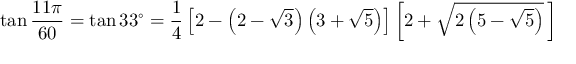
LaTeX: \tan { \frac { 1 1 \pi } { 6 0 } } = \tan 3 3 ^ { \circ } = { \frac { 1 } { 4 } } \left[ 2 - \left( 2 - { \sqrt { 3 } } \right) \left( 3 + { \sqrt { 5 } } \right) \right] \left[ 2 + { \sqrt { 2 \left( 5 - { \sqrt { 5 } } \right) } } \, \right]